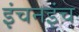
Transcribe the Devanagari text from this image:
इंचनइंच